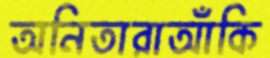
অনিতারাআঁকি